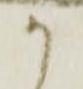
か